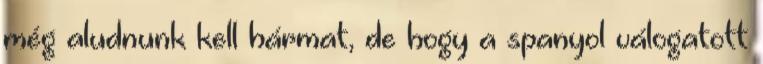
még aludnunk kell hármat, de hogy a spanyol válogatott